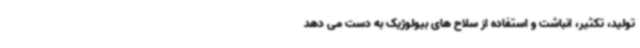
تولید، تکثیر، انباشت و استفاده از سلاح های بیولوژیک به دست می دهد